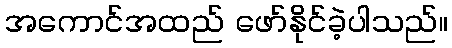
အကောင်အထည် ဖော်နိုင်ခဲ့ပါသည်။